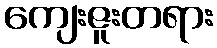
ကျေးဇူးတရား